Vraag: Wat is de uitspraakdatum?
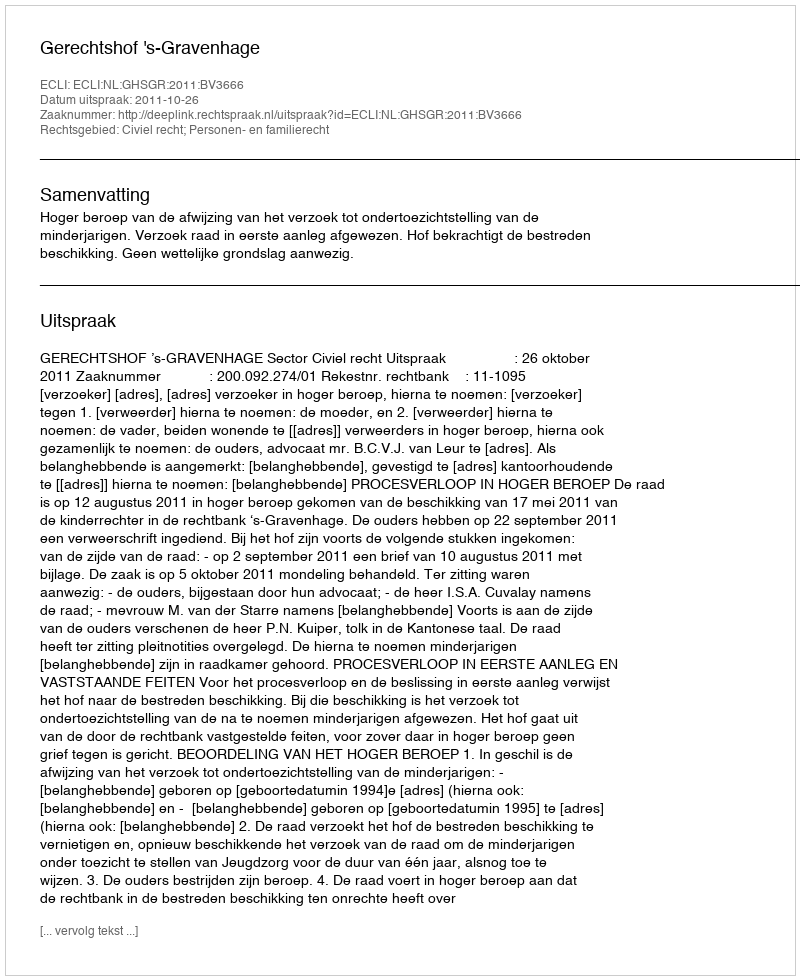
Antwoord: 2011-10-26